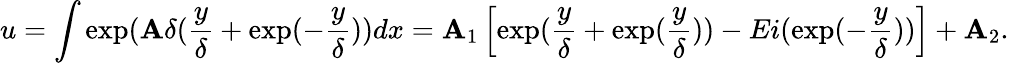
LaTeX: u=\int\exp(\mathbf{A}\delta(\frac{{y}}{{\delta}}+\exp(-\frac{{y}}{{\delta}}))dx=\mathbf{A}_{1}\left[\exp(\frac{{y}}{{\delta}}+\exp(\frac{{y}}{{\delta}}))-Ei(\exp(-\frac{{y}}{{\delta}}))\right]+\mathbf{A}_{2}.